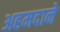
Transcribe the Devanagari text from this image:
अहमदाने